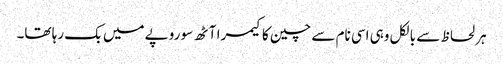
ہر لحاظ سے بالکل وہی اسی نام سے چین کا کیمرا آٹھ سو روپے میں بک رہا تھا۔